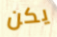
يكن